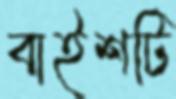
বাইশটি